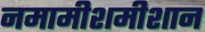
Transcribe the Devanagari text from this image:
नमामीशमीशान